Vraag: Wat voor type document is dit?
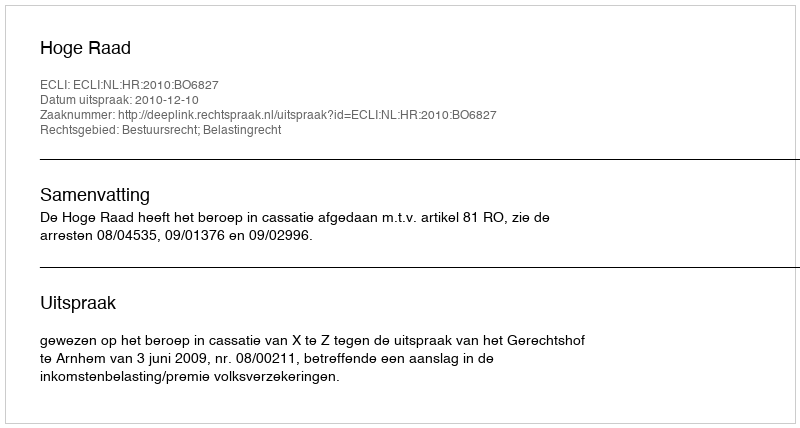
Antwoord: Uitspraak